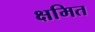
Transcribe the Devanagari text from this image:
क्षमित